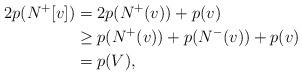
LaTeX: \begin{align*}2 p(N^+[v]) & = 2p(N^+(v))+ p(v)\\& \geq p(N^+(v))+p(N^-(v))+p(v)\\ & = p(V),\end{align*}